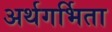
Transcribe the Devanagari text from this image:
अर्थगर्भिता